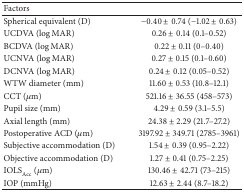
| Factors |  |
 | --- | --- |
 | Spherical equivalent (D) | −0.40 ± 0.74 (−1.02 ± 0.63) |
 | UCDVA (log⁡MAR) | 0.26 ± 0.14 (0.1–0.52) |
 | BCDVA (log⁡MAR) | 0.22 ± 0.11 (0–0.40) |
 | UCNVA (log⁡MAR) | 0.27 ± 0.15 (0.1–0.60) |
 | DCNVA (log⁡MAR) | 0.24 ± 0.12 (0.05–0.52) |
 | WTW diameter (mm) | 11.60 ± 0.53 (10.8–12.1) |
 | CCT (μm) | 521.16 ± 36.55 (458–573) |
 | Pupil size (mm) | 4.29 ± 0.59 (3.1–5.5) |
 | Axial length (mm) | 24.38 ± 2.29 (21.7–27.2) |
 | Postoperative ACD (μm) | 3197.92 ± 349.71 (2785–3961) |
 | Subjective accommodation (D) | 1.54 ± 0.39 (0.95–2.22) |
 | Objective accommodation (D) | 1.27 ± 0.41 (0.75–2.25) |
 | IOLSAcc (μm) | 130.46 ± 42.71 (73–215) |
 | IOP (mmHg) | 12.63 ± 2.44 (8.7–18.2) |